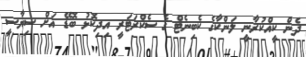
ދެން ކީއްކުރާނީ ލަންކާގެ ކެބިނެޓް ގެ ސެކްރަޓަރީ އިދިކޮޅު ބޮޑޭ އަށް ސިޔާސީ